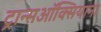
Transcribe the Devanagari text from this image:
ट्रान्सऑक्सियाना